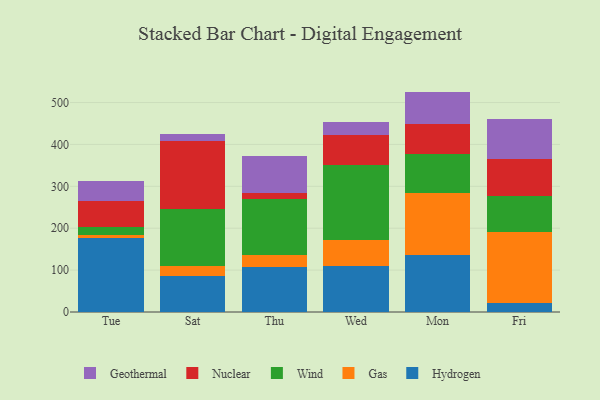
{"axis": {"x": "Day", "y": "Net Income (USD K)"}, "legend": ["Gas", "Geothermal", "Hydrogen", "Nuclear", "Wind"], "data": [{"x": "Tue", "y": 176.2, "type": "Hydrogen"}, {"x": "Tue", "y": 7.5, "type": "Gas"}, {"x": "Tue", "y": 18.7, "type": "Wind"}, {"x": "Tue", "y": 61.4, "type": "Nuclear"}, {"x": "Tue", "y": 49.7, "type": "Geothermal"}, {"x": "Sat", "y": 85.2, "type": "Hydrogen"}, {"x": "Sat", "y": 24.0, "type": "Gas"}, {"x": "Sat", "y": 137.0, "type": "Wind"}, {"x": "Sat", "y": 162.6, "type": "Nuclear"}, {"x": "Sat", "y": 15.8, "type": "Geothermal"}, {"x": "Thu", "y": 106.3, "type": "Hydrogen"}, {"x": "Thu", "y": 28.8, "type": "Gas"}, {"x": "Thu", "y": 135.4, "type": "Wind"}, {"x": "Thu", "y": 13.4, "type": "Nuclear"}, {"x": "Thu", "y": 88.9, "type": "Geothermal"}, {"x": "Wed", "y": 110.1, "type": "Hydrogen"}, {"x": "Wed", "y": 61.9, "type": "Gas"}, {"x": "Wed", "y": 178.8, "type": "Wind"}, {"x": "Wed", "y": 71.9, "type": "Nuclear"}, {"x": "Wed", "y": 31.2, "type": "Geothermal"}, {"x": "Mon", "y": 135.5, "type": "Hydrogen"}, {"x": "Mon", "y": 147.6, "type": "Gas"}, {"x": "Mon", "y": 93.4, "type": "Wind"}, {"x": "Mon", "y": 73.4, "type": "Nuclear"}, {"x": "Mon", "y": 76.2, "type": "Geothermal"}, {"x": "Fri", "y": 21.6, "type": "Hydrogen"}, {"x": "Fri", "y": 170.1, "type": "Gas"}, {"x": "Fri", "y": 85.3, "type": "Wind"}, {"x": "Fri", "y": 89.3, "type": "Nuclear"}, {"x": "Fri", "y": 95.5, "type": "Geothermal"}]}